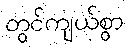
တွင်ကျယ်စွာ